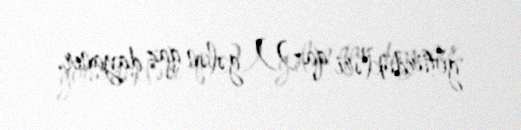
götürdükləri qaz)) gələn qaz dayanır.